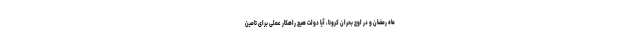
ماه رمضان و در اوج بحران کرونا، آیا دولت هیچ راهکار عملی برای تامین